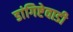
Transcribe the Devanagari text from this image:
डांगिष्टेवाडी